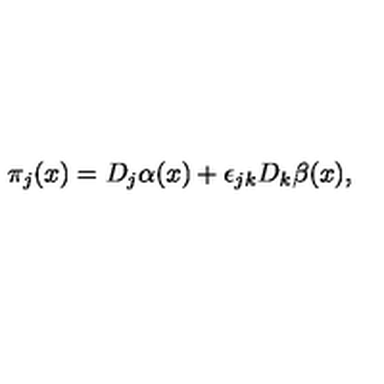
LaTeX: \pi _ { j } ( x ) = D _ { j } \alpha ( x ) + \epsilon _ { j k } D _ { k } \beta ( x ) ,